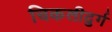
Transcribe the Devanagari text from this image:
चिकलीदुर्ग